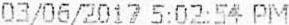
03/06/2017 5:02:54 PM